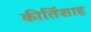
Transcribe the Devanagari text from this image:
कीर्तिशाह